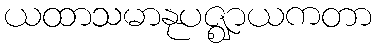
ယထာသမာနုပဇ္ဈာယကတာ